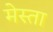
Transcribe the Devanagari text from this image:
मेस्ता